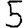
Digit: 5